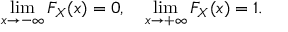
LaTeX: \operatorname* { l i m } _ { x \to - \infty } F _ { X } ( x ) = 0 , \quad \operatorname* { l i m } _ { x \to + \infty } F _ { X } ( x ) = 1 .